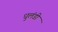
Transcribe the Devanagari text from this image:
धुलंडी